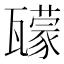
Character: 𤮠